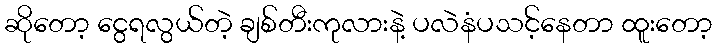
ဆိုတော့ ငွေရလွယ်တဲ့ ချစ်တီးကုလားနဲ့ ပလဲနံပသင့်နေတာ ထူးတော့